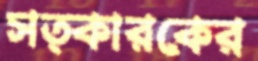
সত্কারকের